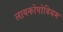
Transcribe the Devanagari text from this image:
लायकोपोडियम